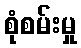
စုံစမ်းမှု